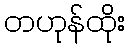
တဟုန်ထိုး